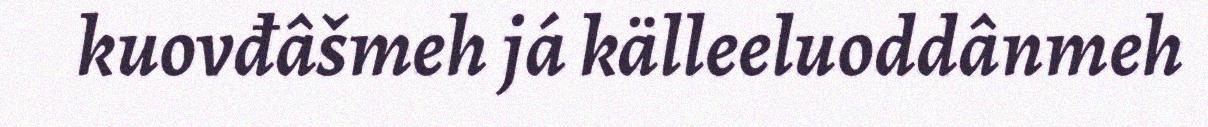
kuovđâšmeh já källeeluoddânmeh